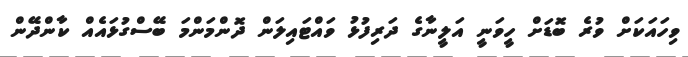
ވިހައަކަށް ވުރެ ބޮޑަށް ހީވަނީ އަލީނާގެ ދަރިފުޅު ވައްޓައިލަން ދޮންމަންމަ ބޭސްގުޅައެއް ކާންދޭން